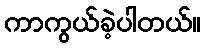
ကာကွယ်ခဲ့ပါတယ်။